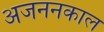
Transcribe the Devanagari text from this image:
अजननकाल